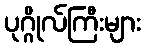
ပုဂ္ဂိုလ်ကြီးများ